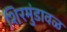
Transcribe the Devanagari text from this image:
शिरमुंडावळ